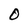
Character: 0